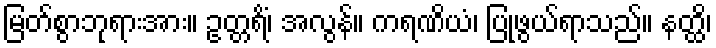
မြတ်စွာဘုရားအား။ ဥတ္တရိံ၊ အလွန်။ ကရဏိယံ၊ ပြုဖွယ်ရာသည်။ နတ္ထိ၊